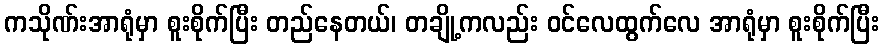
ကသိုဏ်းအာရုံမှာ စူးစိုက်ပြီး တည်နေတယ်၊ တချို့ကလည်း ဝင်လေထွက်လေ အာရုံမှာ စူးစိုက်ပြီး